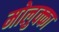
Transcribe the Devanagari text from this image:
मोलुक्का